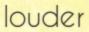
louder